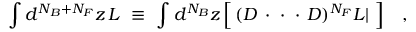
\int d ^ { N _ { B } + N _ { F } } z \, { \cal L } ~ \equiv ~ \int d ^ { N _ { B } } z \, \Big [ \, ( D \, \cdot \, \, \cdot \, \, \cdot \, D ) ^ { N _ { F } } { \cal L } | ~ \Big ] ~ ~ ~ ,